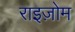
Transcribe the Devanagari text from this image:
राइज़ोम